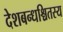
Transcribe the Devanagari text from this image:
देशबन्धश्चितस्य